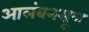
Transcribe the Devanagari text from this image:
आलंबनसूत्र